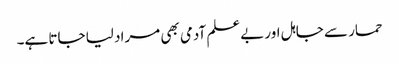
حمار سے جاہل اور بےعلم آدمی بھی مراد لیا جاتا ہے۔